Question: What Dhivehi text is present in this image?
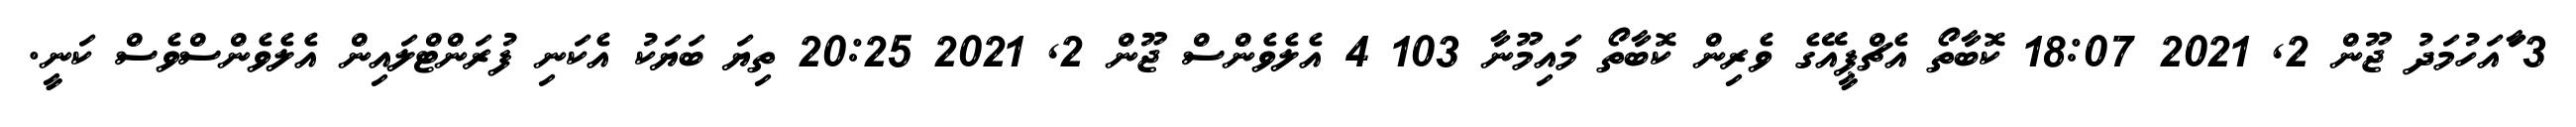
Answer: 3 ާައަހުމަދު ޖޫން 2, 2021 18:07 ކޮބާތޯ އެޗްޕީއޭގެ ވެރިން ކޮބާތޯ މައިމޫނާ 103 4 އެލެވެންސް ޖޫން 2, 2021 20:25 ތިޔަ ބަޔަކު އެކަނި ފުރަންޓްލައިން އެލެވެންސްވެސް ކަނީ.